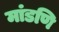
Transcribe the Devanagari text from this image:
मांडणि